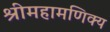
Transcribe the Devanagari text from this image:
श्रीमहामणिक्य